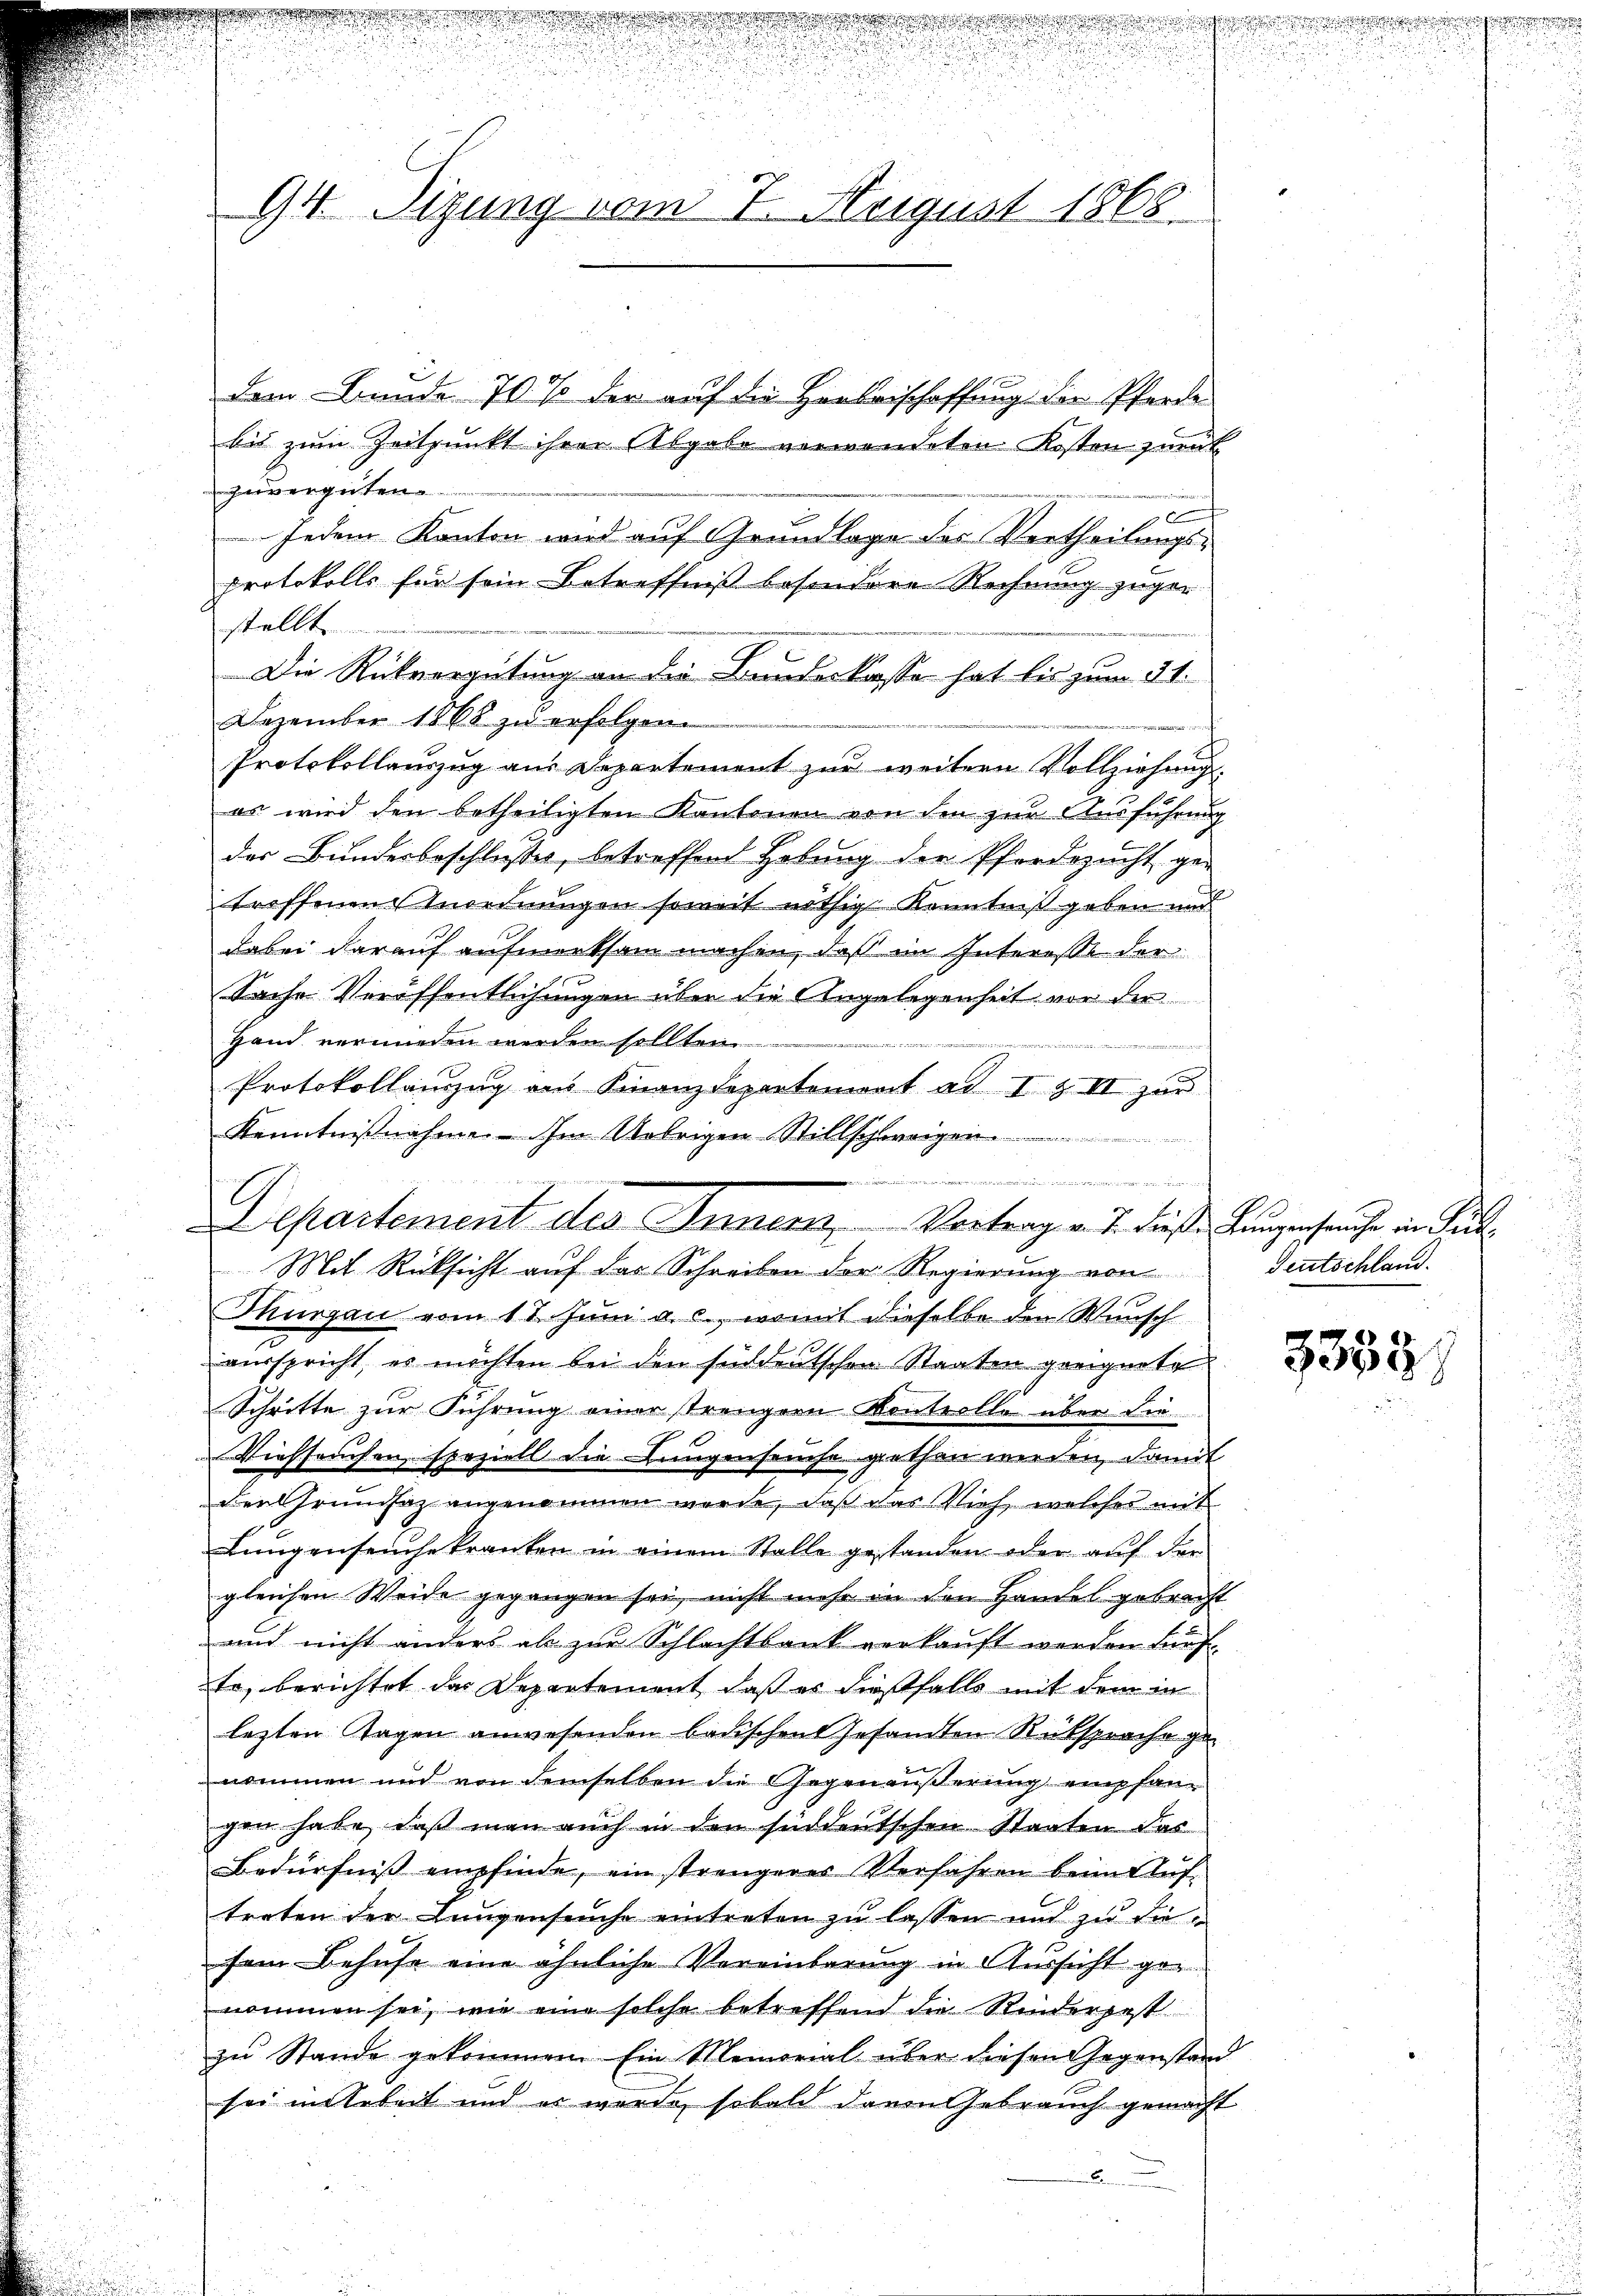
94 Sizung vom 7. August 1868.

dem Bunde 70 % der auf die Hauserschaffung die Pferde
bis zum Zeitpunkt ihrer Abgabe verwendeten Kosten zurück
zuvergüten.
Jedem Kanton wird auf Grundlage des Vertheilungs-
protokolls für sein Betreffniß besondere Rechnung zuge-
stellte
Die Rückvergütung an die Bundeskasse hat bis zum 31.
Dezember 1868 zu erfolgen.
f
Protokollauszug aus Departement zur weitern Vollziehung.
es wird den betheiligten Kantonen von den zur Ausführung
der Bundesbeschlusses, betreffend Hebung der Pferdezucht ge-
troffenen Anordnungen soweit nöthig Kenntniß geben und
dabei darauf aufmerksam machen, daß ein Interesse der
Sache Veröffentlichungen über die Angelegenheit vor der
Hand verwieden werden sollten

Protokollanzug aus Finanzdepartement ad I & II zur
Kenntnißnahme. Im Uebrigen Stillschweigen
ion einerung in
G
E
Thurgau vom 11. Juni a. c., womit dieselbe den Wunsch
ausspricht, es möchten bei den süddeutschen Staaten geeignete
Schritte zur Führung einer strengern Kontrolle über die
Viehseuchen, speziell die Lungenseuche gethen werden, damit
der Grundsaz angenommen werde, daß das Vieh, welches mit
Lungenseuche kranken in einem Stalle gestanden oder aŭf der
gleichen Weide gegangen sei, nicht mehr in den Handel gebracht
and nicht anders ab zur Schlachtbank verkauft werden künf
te, berichtet das Departement, daß es dießfalls mit dem in
lezten Tagen anwesenden bauschent gesamten Rüksprache genommen und von demselben die Gegenäußerung empfangen habe, daß man auch in den süddeutschen Staaten des
Bedürfnis empfinde, ein strengeres Verfahren beim Auf-
treten der Lungenseuche eintreten zu lassen und zu diesem Behufe eine ähnliche Vereinbarung in Aussicht genommen sei, wie eine solche betreffend die Rindergest
zŭ Stande gekommen. Ein Memorial über diesen Gegenstand
sei in Arbeit und er werde, sobald darin Gebrauch gemacht
.

.

ng der
E
Departement des Innern Vortrag v. J. diese Lungenseuche in Luk
Mit Rücksicht auf das Schreiben der Regierung von

Teutschland.

3333.